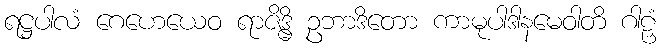
ရဋ္ဌပါလံ ဂေဟေယေဝ ရာဇိဒ္ဓိ ဥဘာဒိတော ကာမုပါဒါနမေဝါတိ ဂါဠှံ